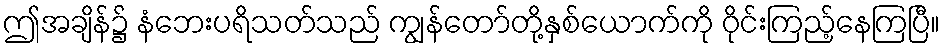
ဤအချိန်၌ နံဘေးပရိသတ်သည် ကျွန်တော်တို့နှစ်ယောက်ကို ဝိုင်းကြည့်နေကြပြီ။